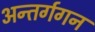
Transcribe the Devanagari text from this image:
अन्तर्गगन